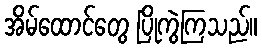
အိမ်ထောင်တွေ ပြိုကွဲကြသည်။